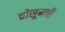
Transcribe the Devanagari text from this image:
चोसूनची